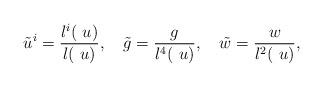
LaTeX: \begin{align*}\tilde u^i= \frac{l^i({\ u})}{l({\ u})}, ~~~ \tilde g= \frac{g}{l^4({\ u})},~~~ \tilde w= \frac{w}{l^2({\ u})}, \end{align*}